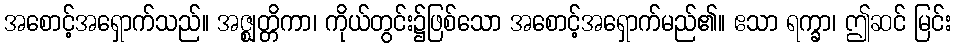
အစောင့်အရှောက်သည်။ အဇ္ဈတ္တိကာ၊ ကိုယ်တွင်း၌ဖြစ်သော အစောင့်အရှောက်မည်၏။ ဧသာ ရက္ခာ၊ ဤဆင် မြင်း